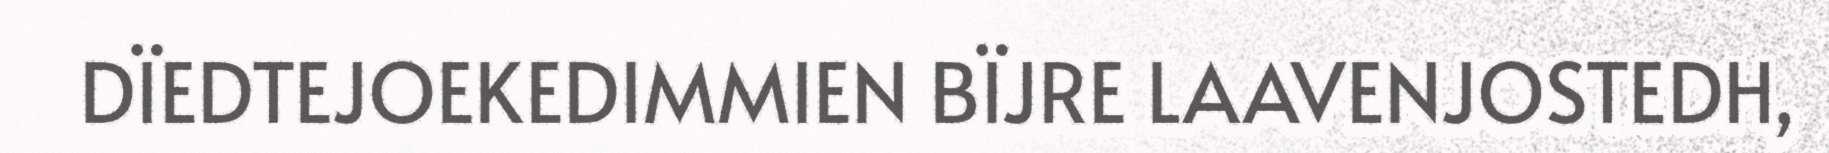
DÏEDTEJOEKEDIMMIEN BÏJRE LAAVENJOSTEDH,